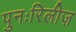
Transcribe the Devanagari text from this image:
पुनःरिलीज़